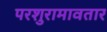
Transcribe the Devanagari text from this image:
परशुरामावतार